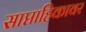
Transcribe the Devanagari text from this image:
साप्ताहिकावर